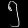
Digit: ၅